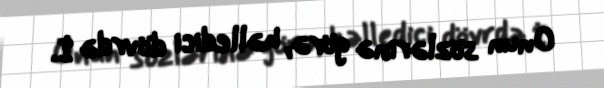
Onun sözlərinə görə, həlledici dövrdə İ.